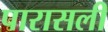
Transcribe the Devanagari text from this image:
पारासली